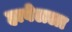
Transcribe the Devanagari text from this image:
हावेलला